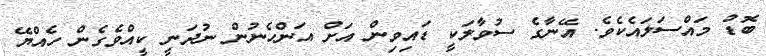
ބޮޑު މައްސަލައެކެވެ. އޭނާގެ ސުވާލަކީ ޑައިވިން އަށް އަންހެނުން ނުދަނީ ކީއްވެގެން ހެއްޔޭ